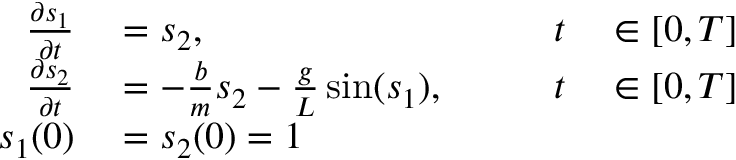
\begin{array} { r l r l } { \frac { \partial s _ { 1 } } { \partial t } } & { { } = s _ { 2 } , \qquad } & { t } & { { } \in [ 0 , T ] } \\ { \frac { \partial s _ { 2 } } { \partial t } } & { { } = - \frac { b } { m } s _ { 2 } - \frac { g } { L } \sin ( s _ { 1 } ) , \qquad } & { t } & { { } \in [ 0 , T ] } \\ { s _ { 1 } ( 0 ) } & { { } = s _ { 2 } ( 0 ) = 1 } \end{array}